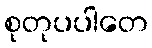
စုတုပပါတေ